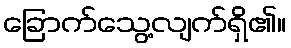
ခြောက်သွေ့လျက်ရှိ၏။